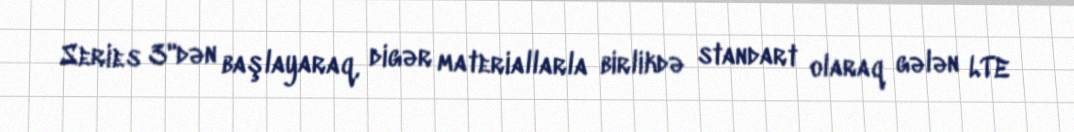
Series 3"dən başlayaraq, digər materiallarla birlikdə standart olaraq gələn LTE